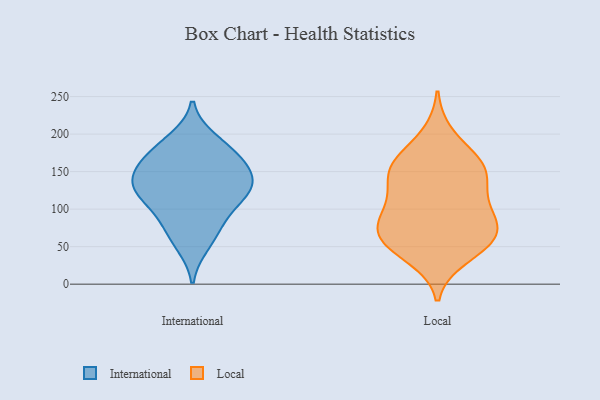
{"axis": {"x": "Market Share (%)", "y": "Value"}, "legend": ["International", "Local"], "data": [{"x": "", "y": 136, "type": "International"}, {"x": "", "y": 131, "type": "International"}, {"x": "", "y": 123, "type": "International"}, {"x": "", "y": 161, "type": "International"}, {"x": "", "y": 132, "type": "International"}, {"x": "", "y": 159, "type": "International"}, {"x": "", "y": 192, "type": "International"}, {"x": "", "y": 167, "type": "International"}, {"x": "", "y": 88, "type": "International"}, {"x": "", "y": 126, "type": "International"}, {"x": "", "y": 53, "type": "International"}, {"x": "", "y": 70, "type": "International"}, {"x": "", "y": 104, "type": "International"}, {"x": "", "y": 182, "type": "International"}, {"x": "", "y": 80, "type": "Local"}, {"x": "", "y": 36, "type": "Local"}, {"x": "", "y": 154, "type": "Local"}, {"x": "", "y": 199, "type": "Local"}, {"x": "", "y": 56, "type": "Local"}, {"x": "", "y": 88, "type": "Local"}, {"x": "", "y": 156, "type": "Local"}, {"x": "", "y": 167, "type": "Local"}, {"x": "", "y": 85, "type": "Local"}, {"x": "", "y": 45, "type": "Local"}, {"x": "", "y": 125, "type": "Local"}, {"x": "", "y": 60, "type": "Local"}, {"x": "", "y": 69, "type": "Local"}, {"x": "", "y": 66, "type": "Local"}, {"x": "", "y": 155, "type": "Local"}, {"x": "", "y": 153, "type": "Local"}, {"x": "", "y": 107, "type": "Local"}, {"x": "", "y": 121, "type": "Local"}]}